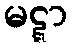
မဋ္ဋာ